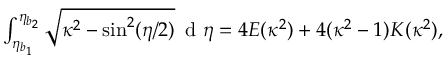
\begin{array} { r } { \int _ { \eta _ { b _ { 1 } } } ^ { \eta _ { b _ { 2 } } } \sqrt { \kappa ^ { 2 } - \sin ^ { 2 } ( \eta / 2 ) } \, \mathrm { ~ d ~ } \eta = 4 E ( \kappa ^ { 2 } ) + 4 ( \kappa ^ { 2 } - 1 ) K ( \kappa ^ { 2 } ) , } \end{array}